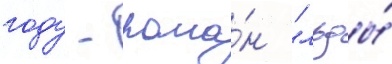
году - рома́н "льды́